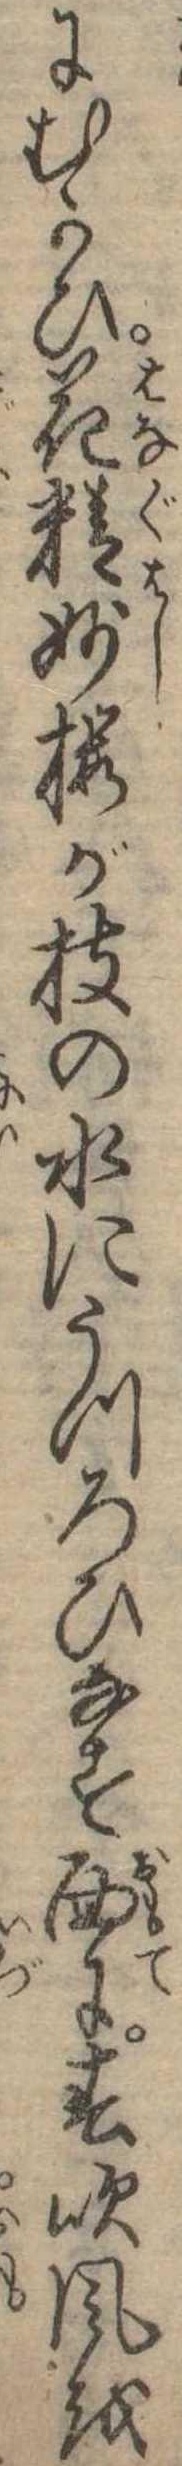
にむかひ花精妙桜が枝の水にうつろひなす面に春吹風を